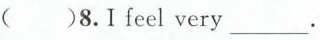
( )8.I feel very___.